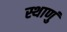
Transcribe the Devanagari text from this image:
स्थाणुं